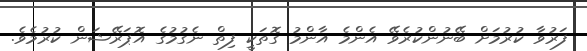
ފަރުވާ ކުރުމަށް ބޭނުންކުރެވޭ އެންމެ އާންމު ގޮތަކީ ފިތް ނެގުމުގެ އޮޕަރޭޝަން ކުރުމެވެ.